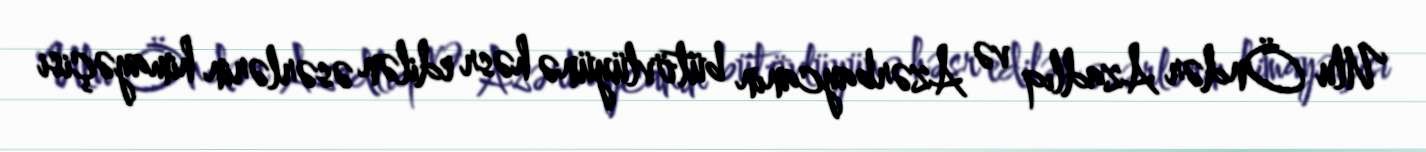
Ulu Öndər Azadlıq və Azərbaycanın bütövlüyünə həsr edilən əsərlərin himayəçisi